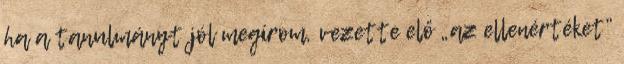
ha a tanulmányt jól megírom, vezette elő „az ellenértéket”